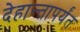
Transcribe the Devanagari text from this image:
देहान्तापर्यंत